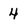
Character: 4